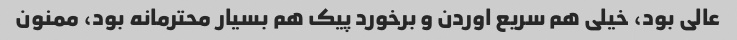
عالی بود، خیلی هم سریع اوردن و برخورد پیک هم بسیار محترمانه بود، ممنون